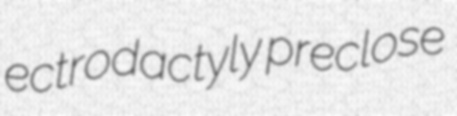
ectrodactyly preclose